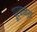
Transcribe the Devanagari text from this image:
पूर्वान्श